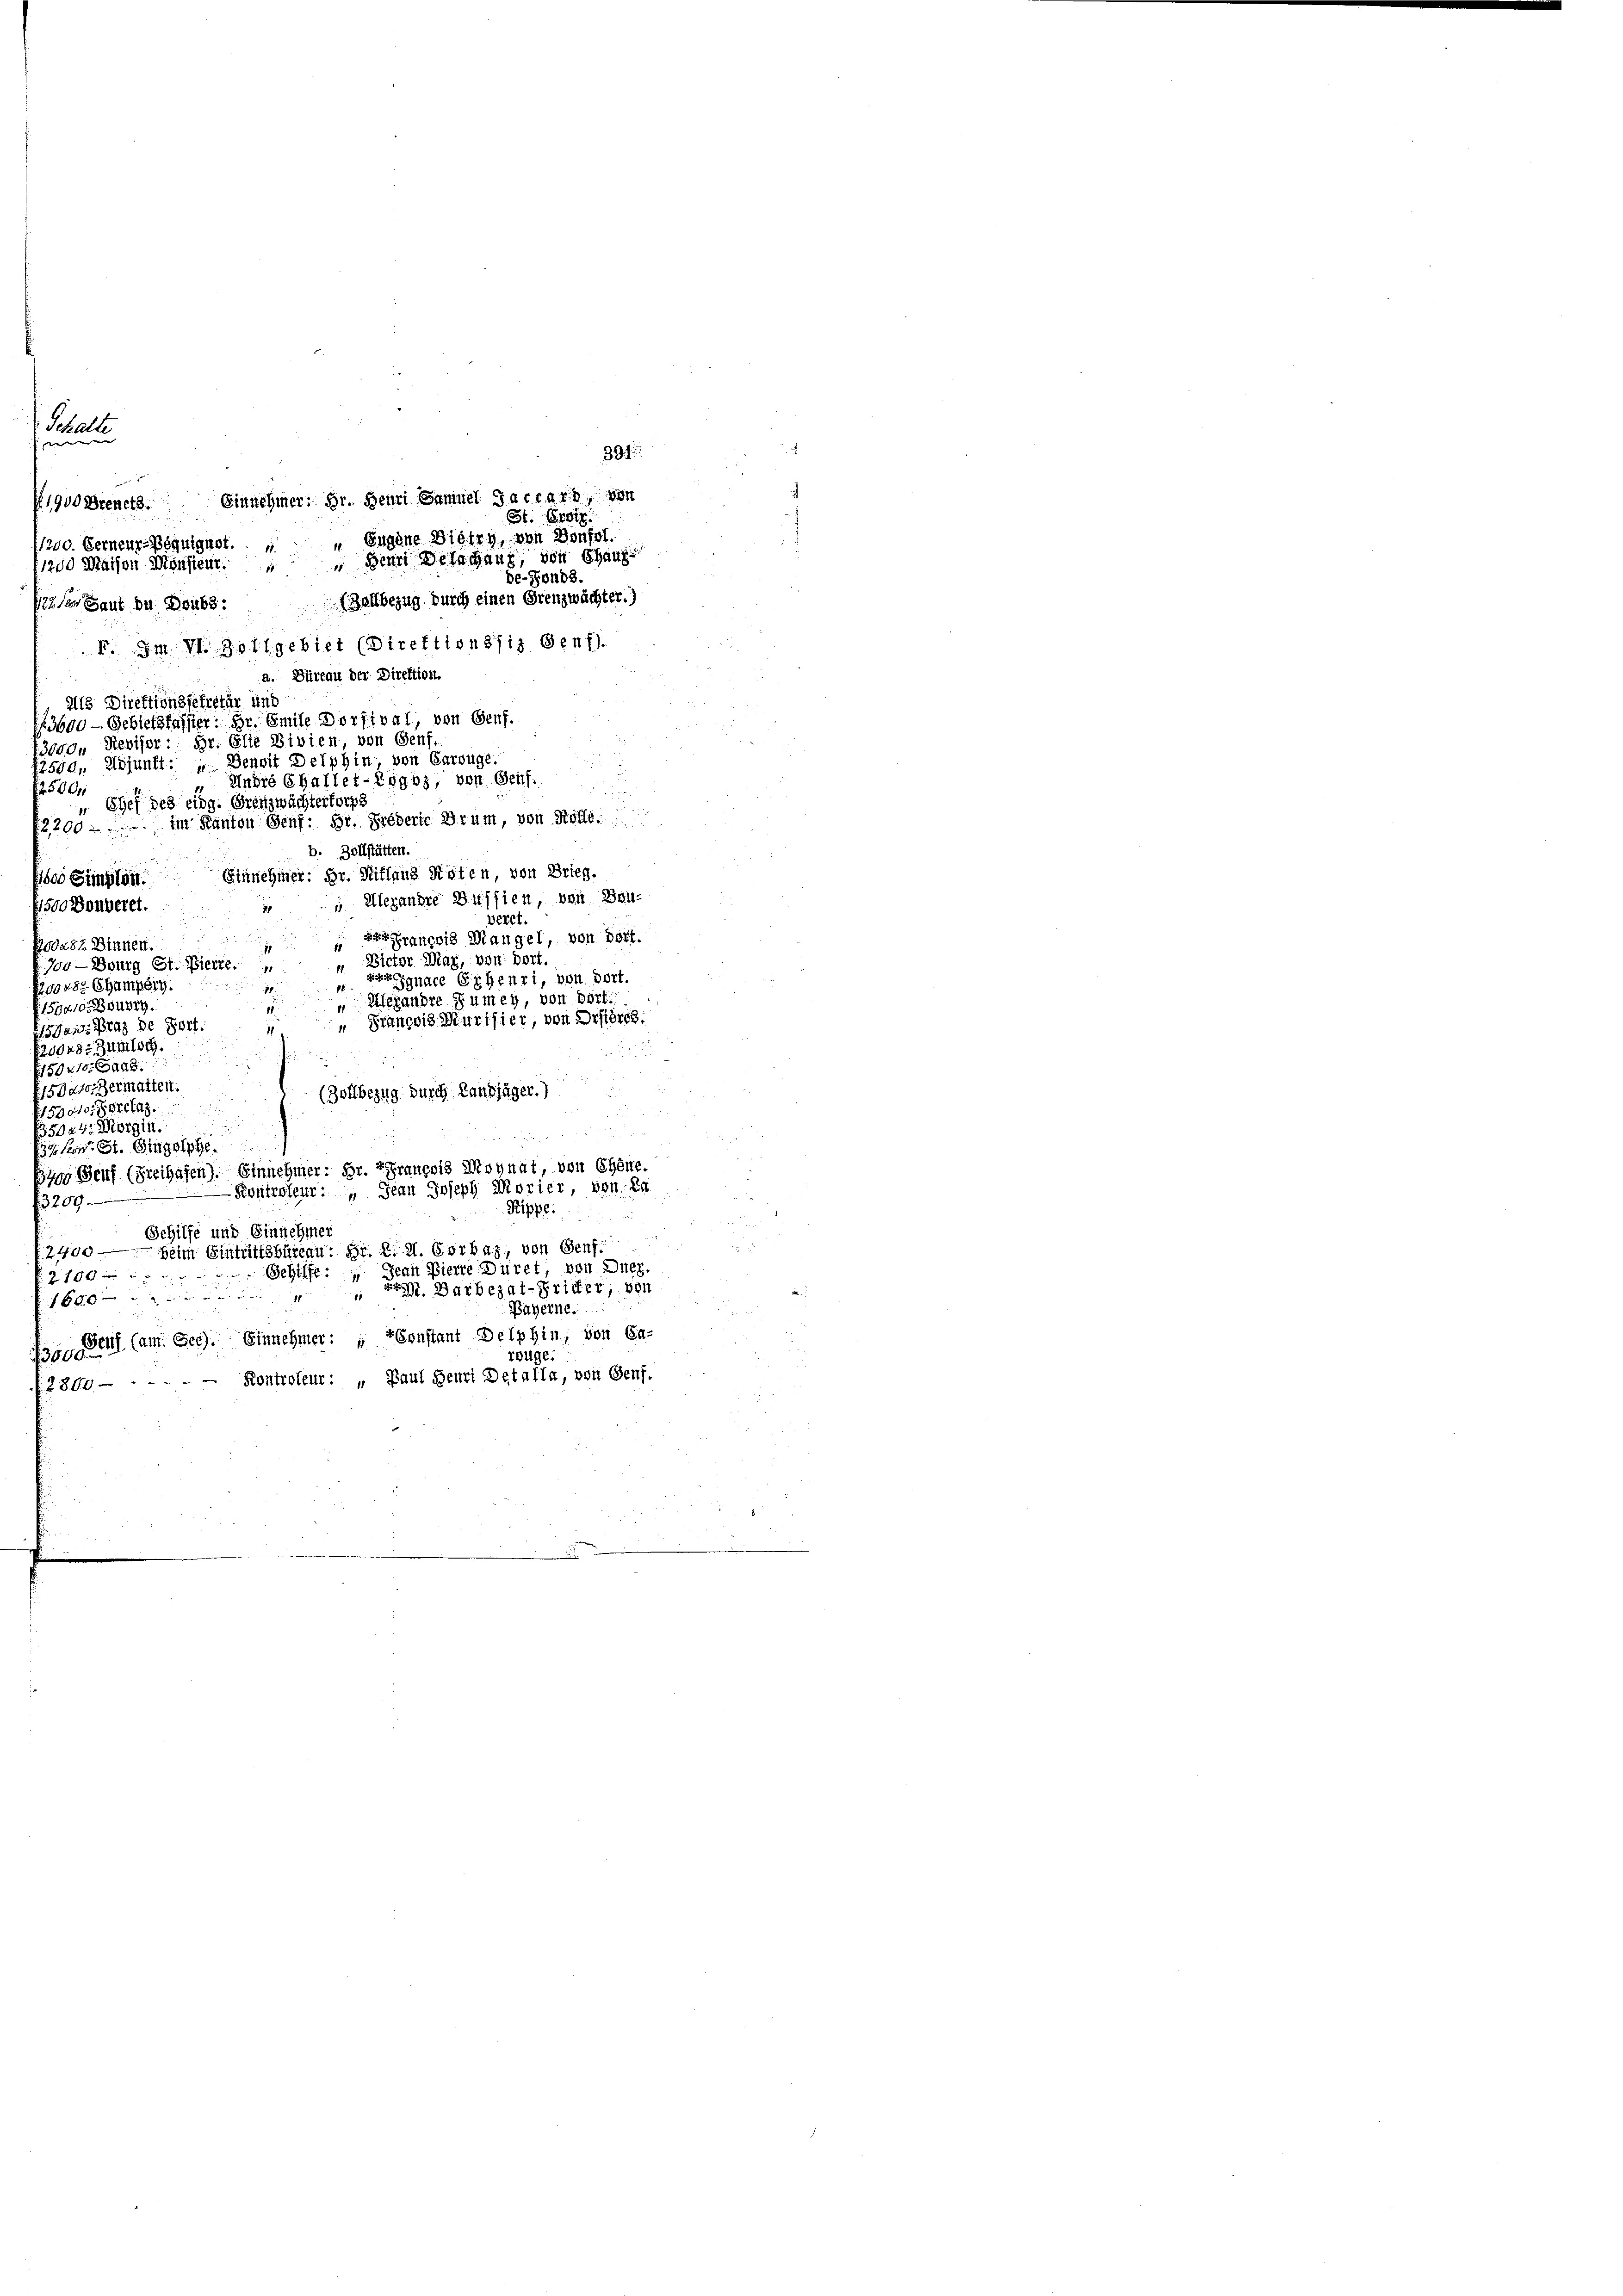
Schalle
391
1900 Dienetz. Einnehmer; Hr. Henri Samuel Jaccars, von
St. Prot
 Eugene Dietry, von Bonsol
1200. Ferneur-Bsquignot. 1
 Denn Delachang, von Chaus
1200 Maison Mönsteur.
de-Fonds.
Zollbezug durch einen Grenzwächter.)
Pitten Laut du Deuts
I. Im VI. Zollgebiet (Direktionssiz Genf).
a. Büreau der Direktion.
Als Direktionssekretär und
25600 — Gebietsfasster: Dr. Emile Dorfival, von Genf.
3000. Reviser: Hr. Elie Divien, von Genf,
2540, Adjunft: „Denoit Delphin, von Carouge.
Undie Challer-Eggtz, von Genf.
2500
Chef des eidg. Grenzwächterforgs
im Kanton Genf: Hr. Grederie Brum, von Rolle.
2200 f 2
b. Zollstätten.
Einnehmer: Dr. Stiflaus Roten, von Brieg.
1600 Simplon.
 Alexandre Dussien, von Bau¬
(1500 Bonderet.
veret.
rancois Mangel, von Fert
Eidasz Sinnen.
" Victor Mar, von dort.
700 — Bourg St. Vierte
 Jgnace Erheuri, von dort.
200482 Champerg.
10.
 Alexandre Sumey, von Bört.
150010 Burg.
 Srancois Marthier, von Disteres.
s Ganz Prag de Sort.
2
20048. Zumisch.
59210. Baad
5 dator Hermatten.
d
(Zollbezug durch Landjäger.)
15000. Forclaz
2
.
135044: Morgin.

Eigen St. Singelege
3400 Genf (Freihafen). Einnehmer: Hr. Francois Monat, von Ehere.
Kontroleur: „Jean Joseph Morier von En
3200
Rippe.
Schilfe und Einnehmer
Beim Eintrittsbüreau. Hr. R. H. Corbas, von Genf.
2. 400
Jean Pierre Düret, von Duez.
Schiffe
7 160 x
 Dr. Barbezal-Frider, von
6500 x
Bayerne.
13. Seits (am Gee). Einnehmer: „Constant Delphin, von Ca-
reuge.
2800. - - - - - Kontroleur: „Paul Henri Detalla, von Genf.

e